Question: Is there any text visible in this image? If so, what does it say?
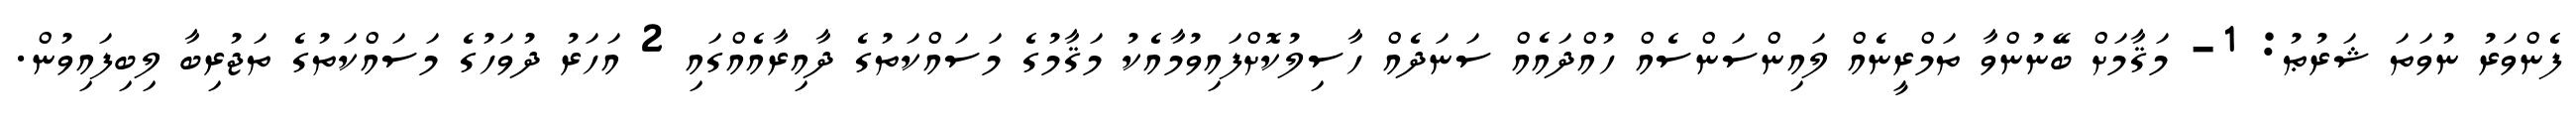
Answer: ފެންވަރު ނުވަތަ ޝަރުޠު: 1- މަޤާމަށް ބޭނުންވާ ތަމްރީނެއް ލައިންސަންސެއް ހުއްދައެއް ސަނަދެއް ހާސިލުކޮށްފައިވުމާއެކު މަޤާމުގެ މަސައްކަތުގެ ދާއިރާއެއްގައި 2 އަހަރު ދުވަހުގެ މަސައްކަތުގެ ތަޖުރިބާ ލިބިފައިވުން.